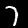
Label: 7